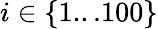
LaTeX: i\in\{ 1...100\}